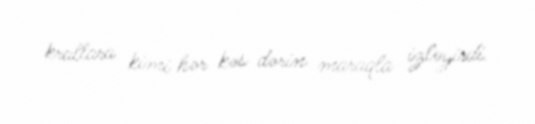
krallara kimi hər kəs dərin maraqla izləyirdi.